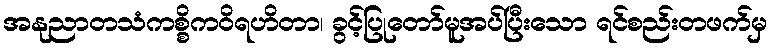
အနုညာတသံကစ္စိကဝိရဟိတာ၊ ခွင့်ပြုတော်မူအပ်ပြီးသော ရင်စည်းတဖက်မှ